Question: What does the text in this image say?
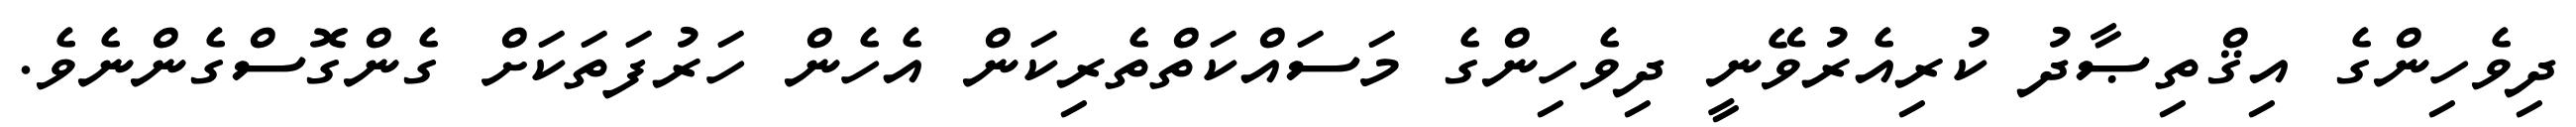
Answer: ދިވެހިންގެ އިޤްތިޞާދު ކުރިއެރުވޭނީ ދިވެހިންގެ މަސައްކަތްތެރިކަން އެހެން ހަރުފަތަކަށް ގެންގޮސްގެންނެވެ.